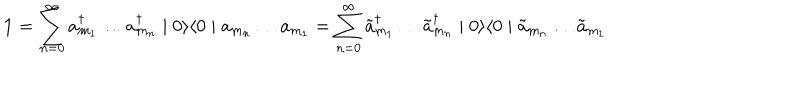
\textbf { 1 } = \sum _ { n = 0 } ^ { \infty } a _ { m _ { 1 } } ^ { \dagger } \ldots a _ { m _ { n } } ^ { \dagger } \mid 0 \rangle \langle 0 \mid a _ { m _ { n } } \ldots a _ { m _ { 1 } } = \sum _ { n = 0 } ^ { \infty } \tilde { a } _ { m _ { 1 } } ^ { \dagger } \ldots \tilde { a } _ { m _ { n } } ^ { \dagger } \mid 0 \rangle \langle 0 \mid \tilde { a } _ { m _ { n } } \ldots \tilde { a } _ { m _ { 1 } }